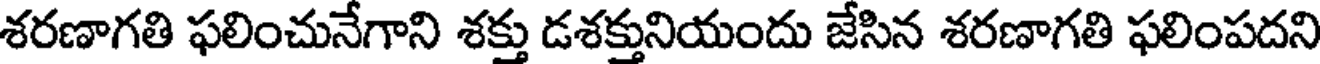
శరణాగతి ఫలించునేగాని శక్తు డశక్తునియందు జేసిన శరణాగతి ఫలింపదని